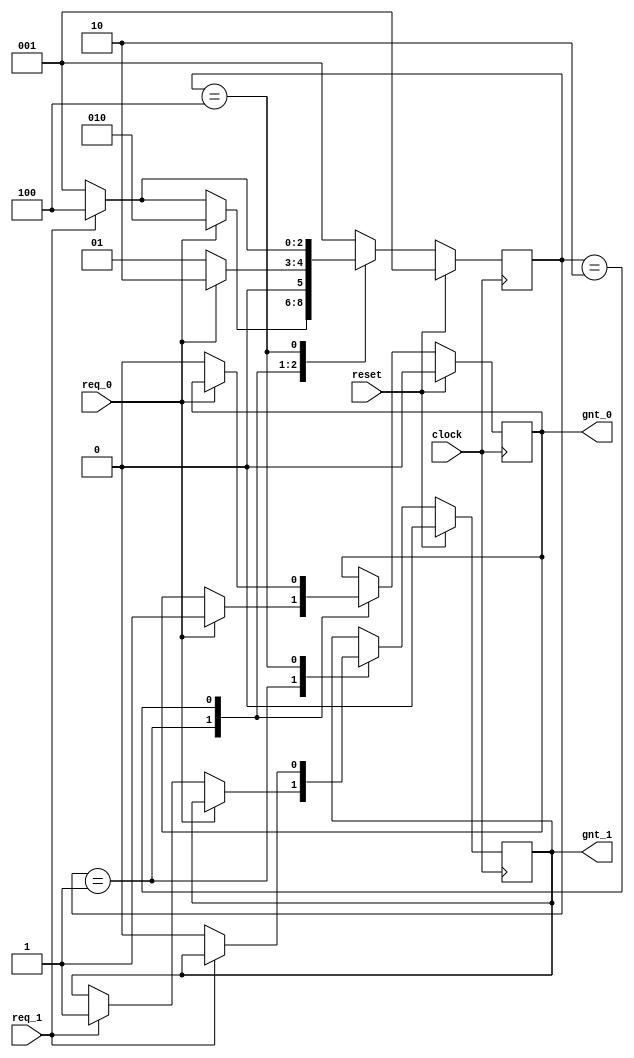
// Source: http://www.asic-world.com/tidbits/verilog_fsm.html
//====================================================
// This is FSM demo program using single always
// for both seq and combo logic
// Design Name : fsm_using_single_always
//=====================================================
module fsm_using_single_always (
clock      , // clock
reset      , // Active high, syn reset
req_0      , // Request 0
req_1      , // Request 1
gnt_0      , // Grant 0
gnt_1
);
//=============Input Ports=============================
input   clock,reset,req_0,req_1;
 //=============Output Ports===========================
output  gnt_0,gnt_1;
//=============Input ports Data Type===================
wire    clock,reset,req_0,req_1;
//=============Output Ports Data Type==================
reg     gnt_0,gnt_1;
//=============Internal Constants======================
parameter SIZE = 3           ;
parameter IDLE  = 3'b001,GNT0 = 3'b010,GNT1 = 3'b100 ;
//=============Internal Variables======================
reg   [SIZE-1:0]          state        ;// Seq part of the FSM
reg   [SIZE-1:0]          next_state   ;// combo part of FSM
//==========Code startes Here==========================
always @ (posedge clock)
begin : FSM
if (reset == 1'b1) begin
  state <= #1 IDLE;
  gnt_0 <= 0;
  gnt_1 <= 0;
end else
 case(state)
   IDLE : if (req_0 == 1'b1) begin
                state <= #1 GNT0;
                gnt_0 <= 1;
              end else if (req_1 == 1'b1) begin
                gnt_1 <= 1;
                state <= #1 GNT1;
              end else begin
                state <= #1 IDLE;
              end
   GNT0 : if (req_0 == 1'b1) begin
                state <= #1 GNT0;
              end else begin
                gnt_0 <= 0;
                state <= #1 IDLE;
              end
   GNT1 : if (req_1 == 1'b1) begin
                state <= #1 GNT1;
              end else begin
                gnt_1 <= 0;
                state <= #1 IDLE;
              end
   default : state <= #1 IDLE;
endcase
end

endmodule // End of Module arbiter